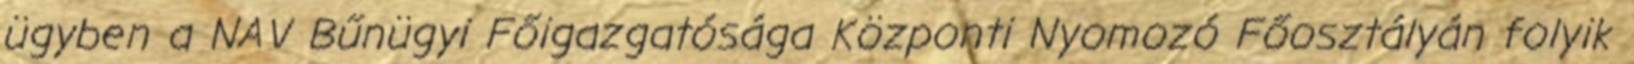
ügyben a NAV Bűnügyi Főigazgatósága Központi Nyomozó Főosztályán folyik